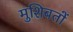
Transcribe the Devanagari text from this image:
मुशिबतों